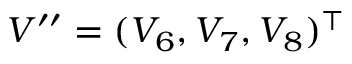
V ^ { \prime \prime } = ( V _ { 6 } , V _ { 7 } , V _ { 8 } ) ^ { \top }